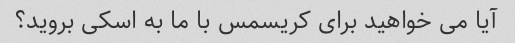
آیا می خواهید برای کریسمس با ما به اسکی بروید؟